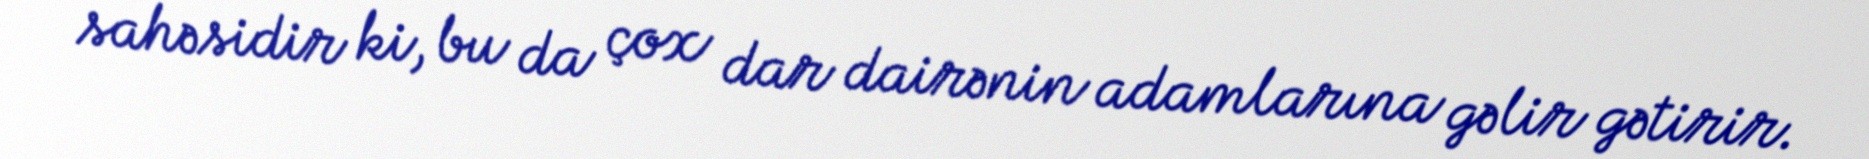
sahəsidir ki, bu da çox dar dairənin adamlarına gəlir gətirir.